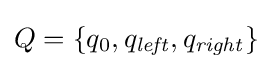
Q=\{q_{0},q_{\mathit {left}},q_{\mathit {right}}\}